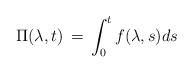
LaTeX: \begin{align*}\Pi (\lambda, t) \, = \, \int_0^t f(\lambda, s) ds\end{align*}